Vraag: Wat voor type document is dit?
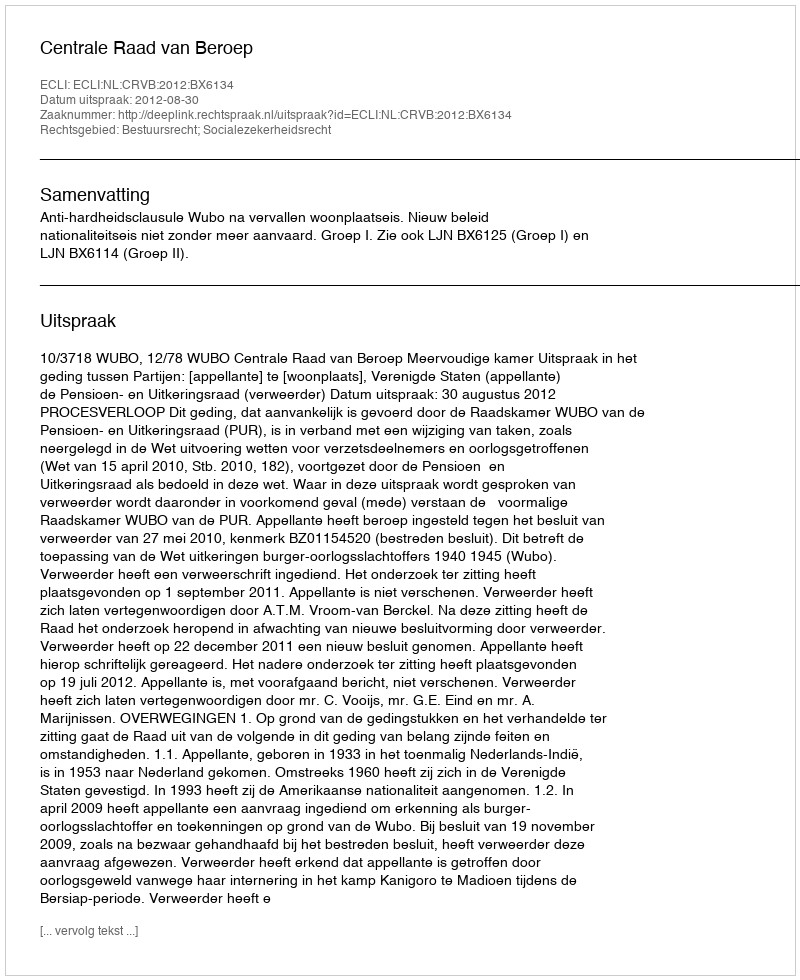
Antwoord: Uitspraak